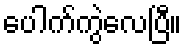
ပေါက်ကွဲလေပြီ။